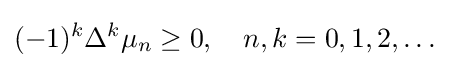
(-1)^{k}\Delta ^{k}\mu _{n}\geq 0,\quad n,k=0,1,2,\ldots